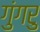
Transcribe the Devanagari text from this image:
गुंगरु